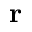
{ \bf r }